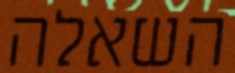
השאלה